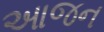
આજન